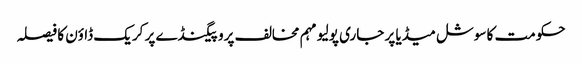
حکومت کا سوشل میڈیا پر جاری پولیو مہم مخالف پروپیگنڈے پر کریک ڈاؤن کا فیصلہ